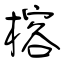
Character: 榕